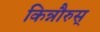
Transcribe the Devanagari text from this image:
किन्नौरुस्